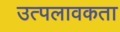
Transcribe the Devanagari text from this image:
उत्पलावकता